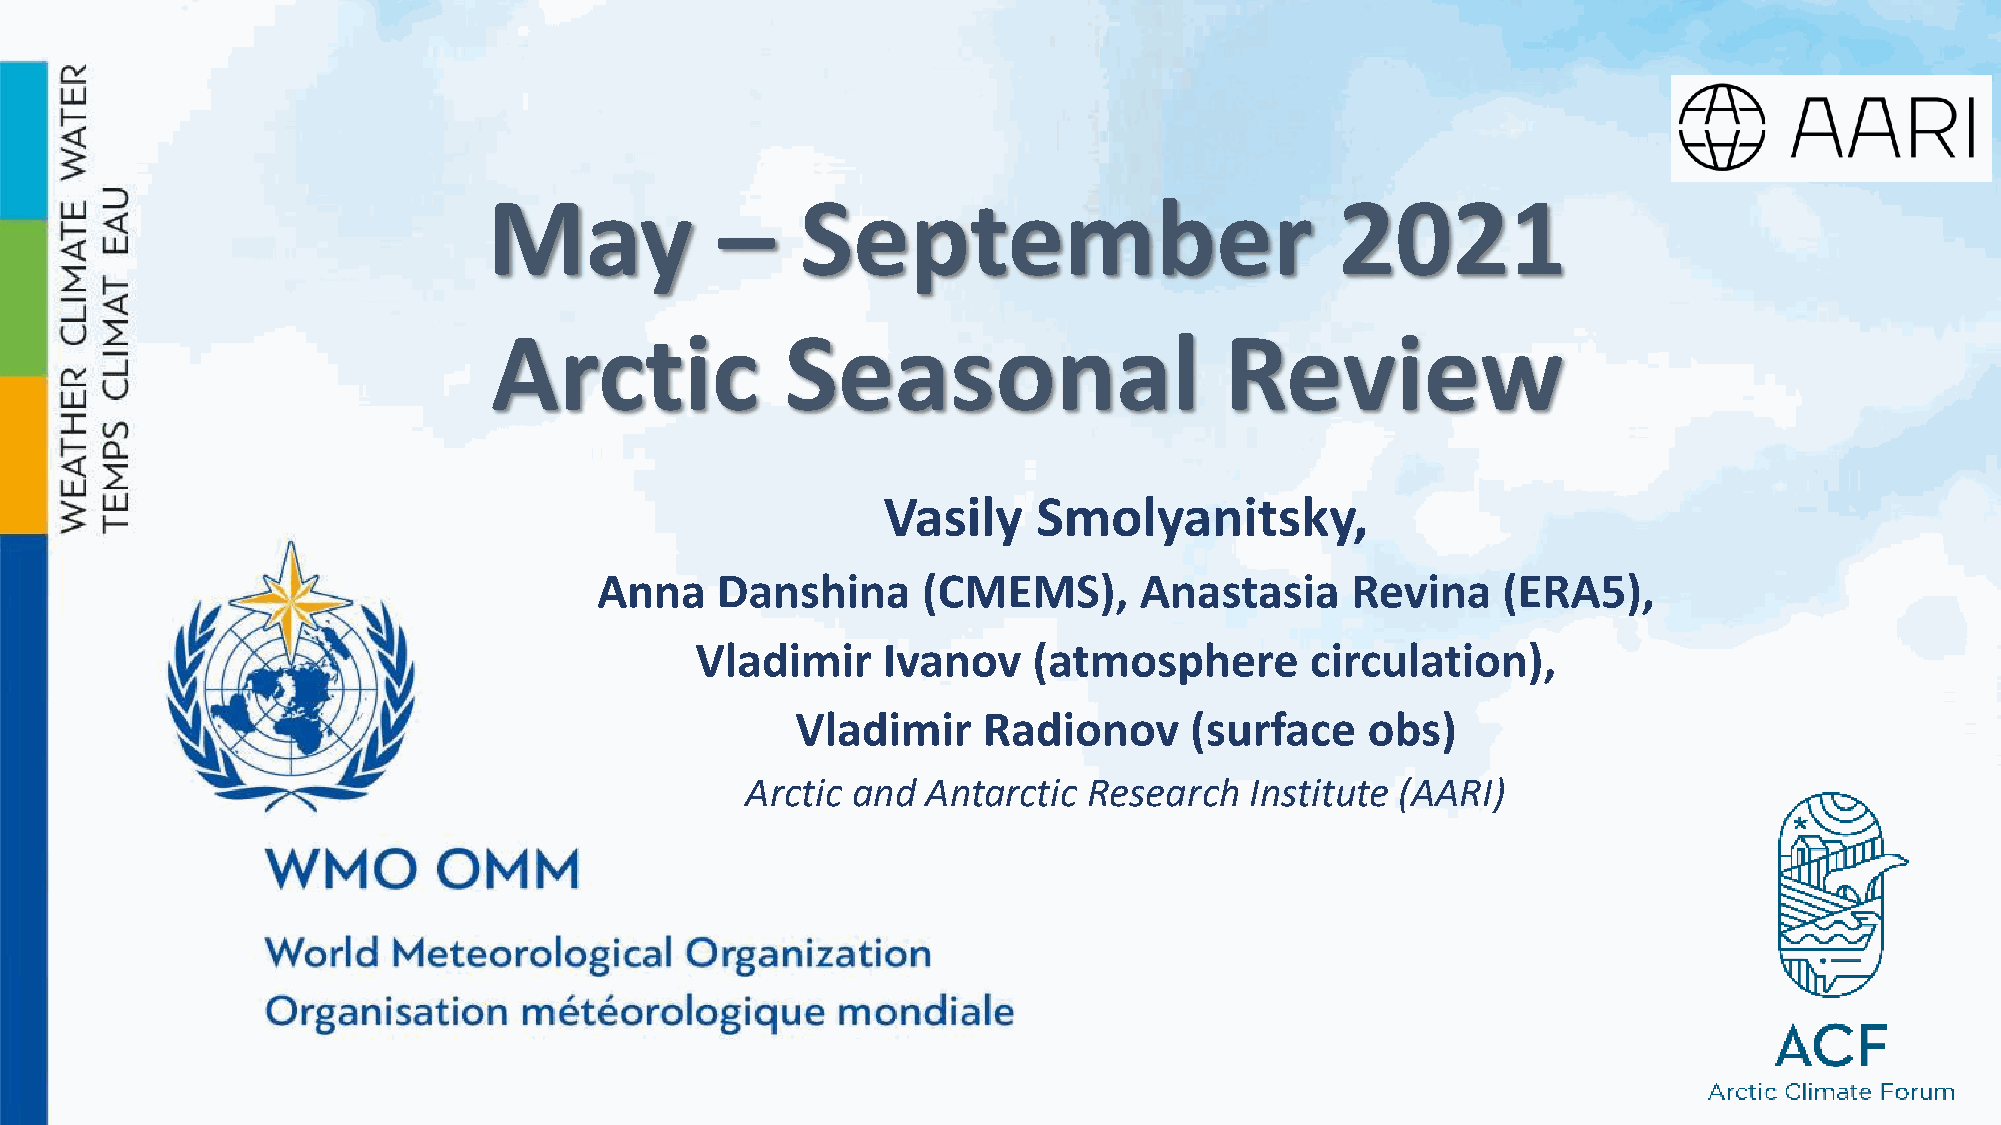
May             –    September                           2021
 Arctic              Seasonal                     Review
 Vasily     Smolyanitsky,
 Anna   Danshina      (CMEMS),      Anastasia     Revina    (ERA5),
 Vladimir    Ivanov    (atmosphere        circulation),
 Vladimir    Radionov      (surface   obs)
 Arctic and  Antarctic  Research   Institute (AARI)